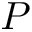
P